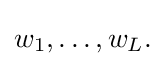
{\textstyle w_{1},\dots ,w_{L}.}